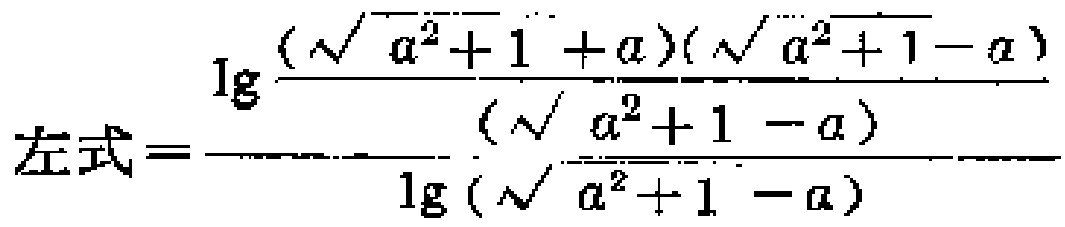
\[左式=\frac{\lg\frac{(\sqrt{a^{2}+1}+a)(\sqrt{a^{2}+1}-a)}{(\sqrt{a^{2}+1}-a)}}{\lg(\sqrt{a^{2}+1}-a)}\]